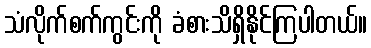
သံလိုက်စက်ကွင်းကို ခံစားသိရှိနိုင်ကြပါတယ်။